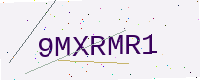
Text: 9MXRMR1